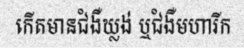
កើតមានជំងឺឃ្លង់ ឬជំងឺមហារីក